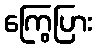
ကြွေပြား